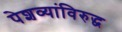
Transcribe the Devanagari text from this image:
पेशव्यांविरुद्ध